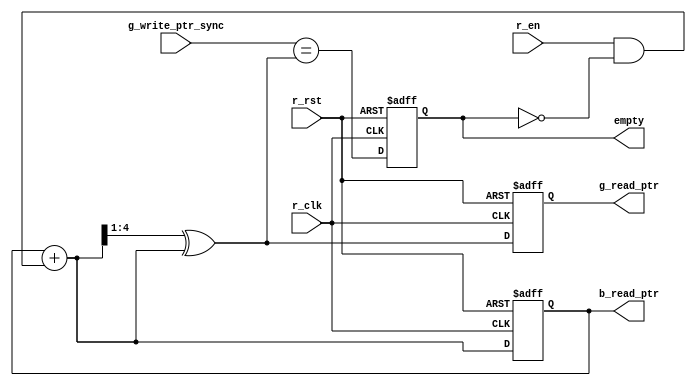
`timescale 1ns/1ps
module read_ptr_module #(parameter PTR_WIDTH=4) (r_clk, r_rst, r_en, g_write_ptr_sync, b_read_ptr, g_read_ptr, empty);
  input r_clk, r_rst, r_en;
  input [PTR_WIDTH:0] g_write_ptr_sync;
  output reg [PTR_WIDTH:0] b_read_ptr, g_read_ptr;
  output reg empty;
  
  wire [PTR_WIDTH:0] b_read_ptr_next;
  wire [PTR_WIDTH:0] g_read_ptr_next;
  wire r_empty;
  
  assign b_read_ptr_next = b_read_ptr+(r_en & !empty);
  assign g_read_ptr_next = (b_read_ptr_next >>1)^b_read_ptr_next;             //binary to gray conversion
                                                                          
  assign r_empty = (g_write_ptr_sync == g_read_ptr_next);                    // empty condition
  
  always@(posedge r_clk or negedge r_rst) begin
    if(!r_rst)
		begin
			b_read_ptr <= 0;
			g_read_ptr <= 0;
      end
    else 
	   begin
         b_read_ptr <= b_read_ptr_next;
         g_read_ptr <= g_read_ptr_next;                     //contain next location for read value
      end
  end
  
  always@(posedge r_clk or negedge r_rst) begin
    if(!r_rst)
			empty <= 1;
    else       
			empty <= r_empty;                                  
  end
endmodule